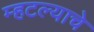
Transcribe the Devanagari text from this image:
म्हटल्याचे